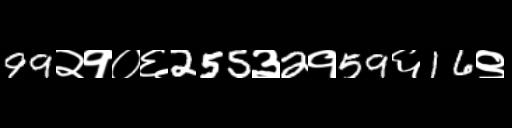
Text: 99२१०६255३2१59६16९